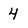
Character: 4